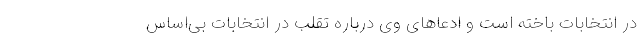
در انتخابات باخته است و ادعاهای وی درباره تقلب در انتخابات بی‌اساس